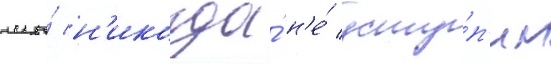
мы́ н'икогда́ н'е́ усту́п'им